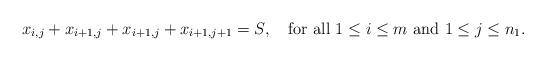
LaTeX: \begin{align*} x_{i,j} + x_{i+1,j} + x_{i+1,j} + x_{i+1,j+1} = S, \mbox{ \ \ for all } 1\leq i \leq m \mbox{ and } 1\leq j \leq n_1.\end{align*}